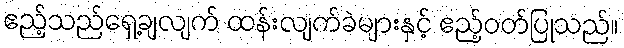
ဧည့်သည်ရှေ့ချလျက် ထန်းလျက်ခဲများနှင့် ဧည့်ဝတ်ပြုသည်။